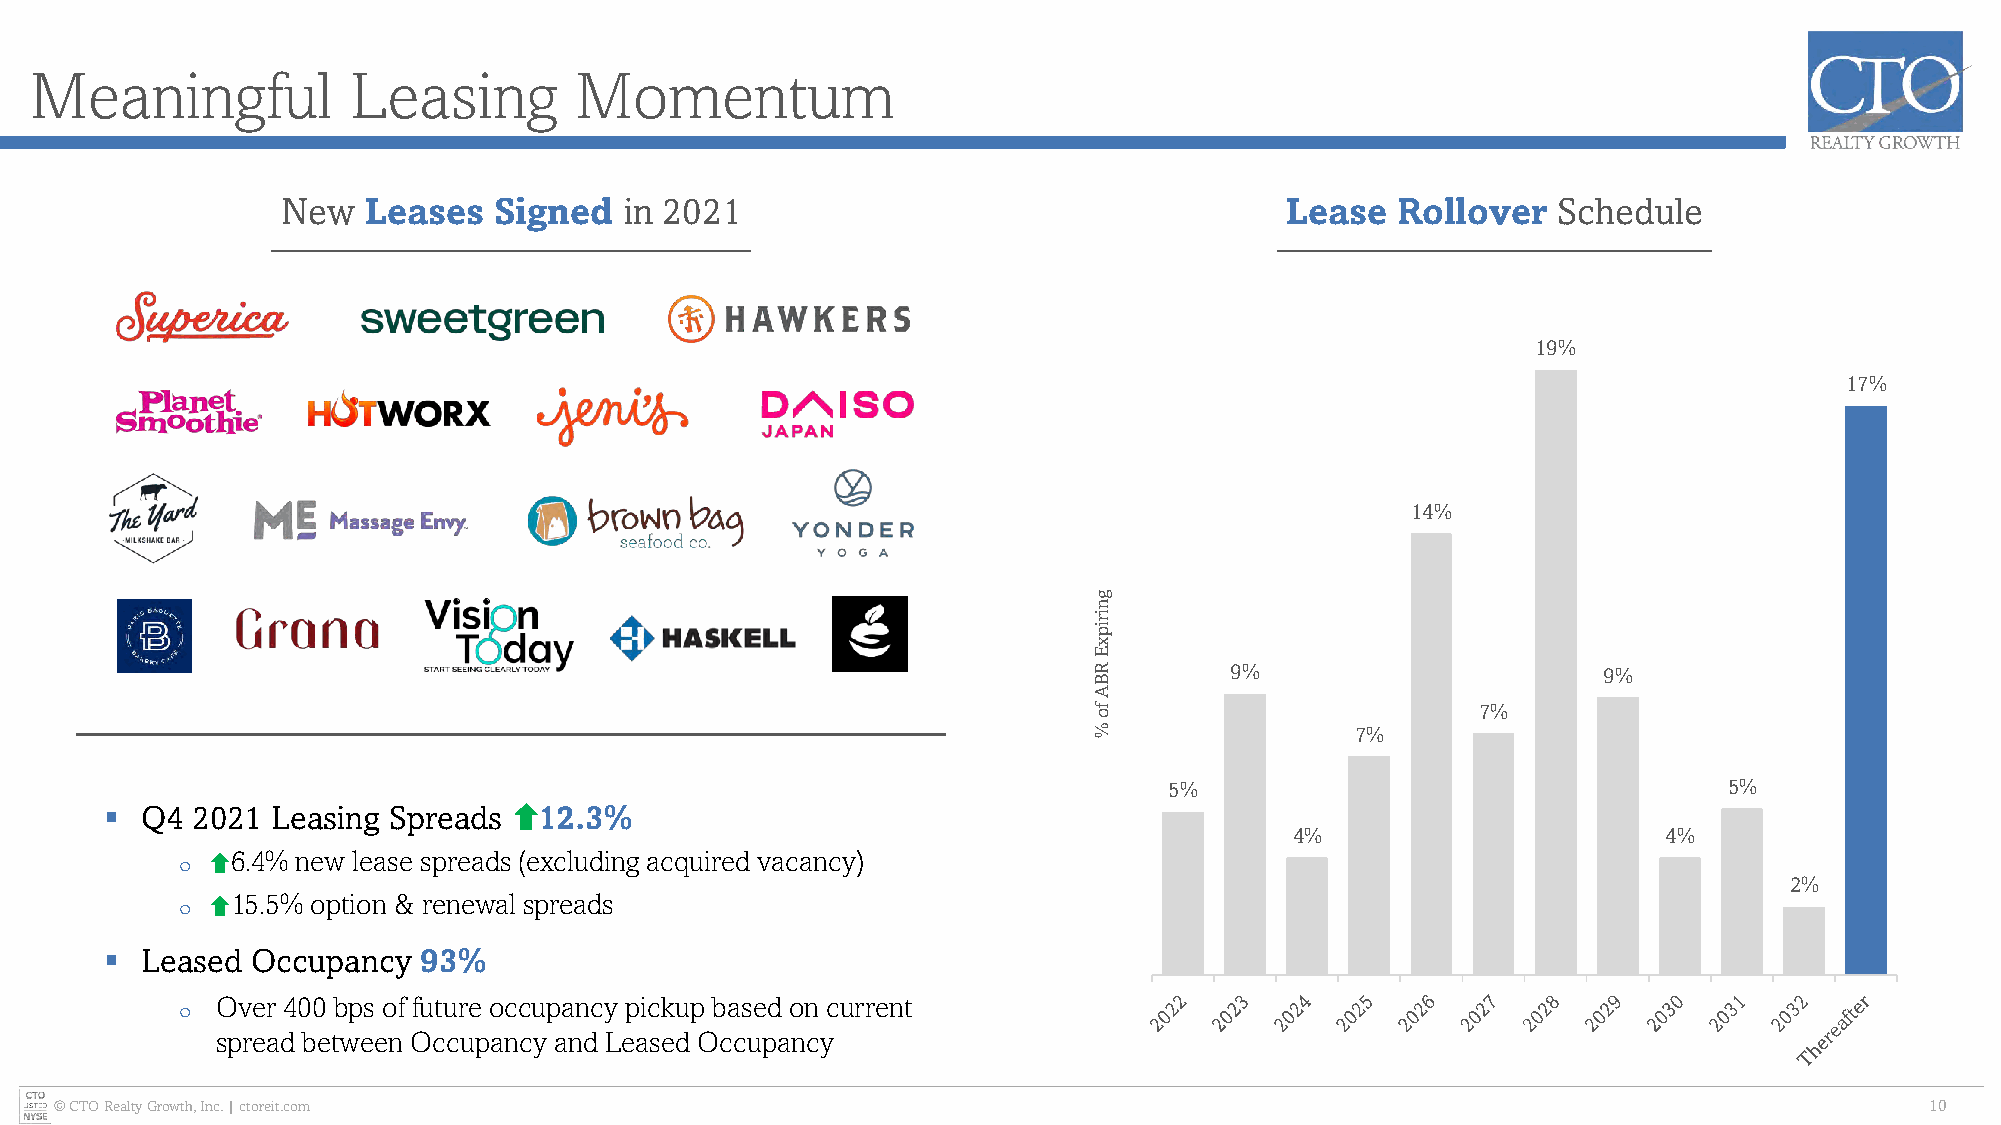
Meaningful           Leasing        Momentum
 New  Leases   Signed  in 2021                                     Lease  Rollover   Schedule
 20.0%
 19%
 19.0%
 18.0%                                            17%
 17.0%
 16.0%
 15.0%
 14%
 14.0%
 13.0%
 12.0%
 11.0%
 10.0%
 9%                       9%
 9.0%
 8.0%                     7%
 7%
 7.0%
 6.0% 5%                                  5%
 ▪ Q4  2021 Leasing Spreads   12.3%                                5.0%
 4%                      4%
 4.0%
 o  6.4% new lease spreads (excluding acquired vacancy)
 3.0%                                         2%
 o  15.5% option & renewal spreads                            2.0%
 1.0%
 ▪ Leased  Occupancy  93%
 0.0%
 o Over 400 bps of future occupancy pickup based on current
 spread between Occupancy and Leased Occupancy
 © CTO Realty Growth, Inc. | ctoreit.com                                                                                     10
 gniripxE
 RBA
 fo
 %